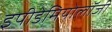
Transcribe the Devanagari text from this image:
इपीडेमियोलॉजी